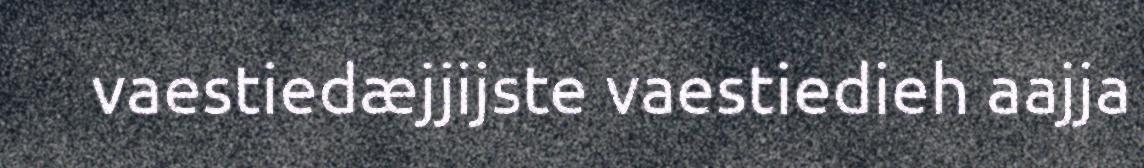
vaestiedæjjijste vaestiedieh aajja